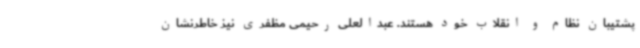
پشتیبان نظام و انقلاب خود هستند. عبدالعلی رحیمی مظفری نیز خاطرنشان